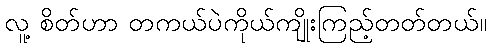
လူ့ စိတ်ဟာ တကယ်ပဲကိုယ်ကျိုးကြည့်တတ်တယ်။